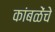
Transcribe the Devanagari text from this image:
कांबळेंचे